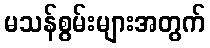
မသန်စွမ်းများအတွက်